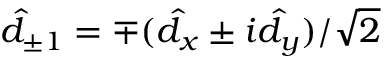
\hat { d } _ { \pm 1 } = \mp ( \hat { d } _ { x } \pm i \hat { d } _ { y } ) / \sqrt { 2 }